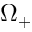
\Omega _ { + }